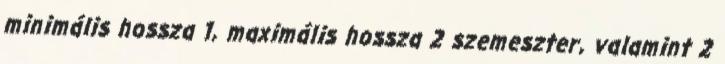
minimális hossza 1, maximális hossza 2 szemeszter, valamint 2